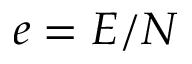
e = E / N